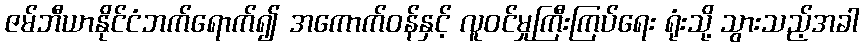
ဇမ်ဘီယာနိုင်ငံဘက်ရောက်၍ အကောက်ဝန်နှင့် လူဝင်မှုကြီးကြပ်ရေး ရုံးသို့ သွားသည့်အခါ